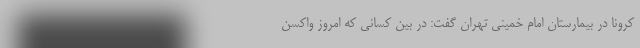
کرونا در بیمارستان امام خمینی تهران گفت: در بین کسانی که امروز واکسن